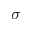
\sigma